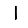
Digit: 1